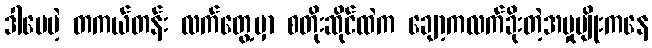
ဒါပေမဲ့ တကယ်တန်း လက်တွေ့မှာ စတိုးဆိုင်ထဲက ချော့ကလက်ခိုးတဲ့အမှုမျိုးကနေ